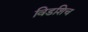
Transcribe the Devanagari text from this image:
विडशिच